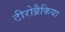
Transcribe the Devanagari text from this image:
टीरोब्रैकिया